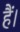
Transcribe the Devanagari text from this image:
हैं।